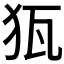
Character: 𱭵